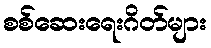
စစ်ဆေးရေးဂိတ်များ